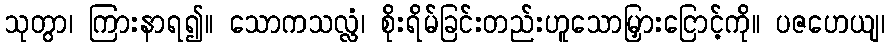
သုတွာ၊ ကြားနာရ၍။ သောကသလ္လံ၊ စိုးရိမ်ခြင်းတည်းဟူသောမြှားငြောင့်ကို။ ပဇဟေယျ၊